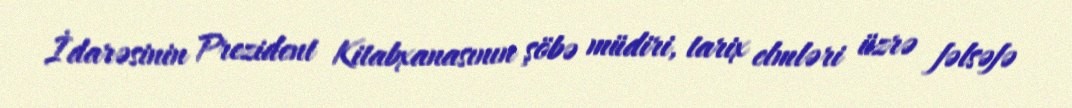
İdarəsinin Prezident Kitabxanasının şöbə müdiri, tarix elmləri üzrə fəlsəfə